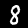
Digit: 8